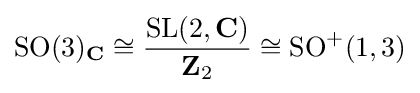
\mathrm {SO} (3)_{\mathbf {C} }\cong {\frac {\mathrm {SL} (2,\mathbf {C} )}{\mathbf {Z} _{2}}}\cong \mathrm {SO} ^{+}(1,3)